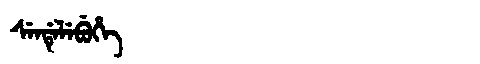
Manchu: ᠰᡝᠨᡩᡝᠯᡝᠪᡠᡥᡝ
Romanization: SENDELEBUHE